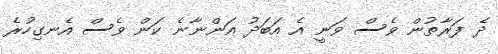
ދެ ފަރާތުން ވެސް ވަނީ އެ އަބަދު އަންނާނެ ކަން ވެސް އެނގިހުރެ